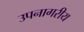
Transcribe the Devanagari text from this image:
उपनागरीय